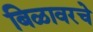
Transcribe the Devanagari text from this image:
बिळावरचे